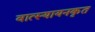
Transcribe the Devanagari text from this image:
वात्स्यायनकृत